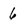
Character: 6